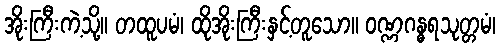
အိုးကြီးကဲ့သို့။ တထူပမံ၊ ထိုအိုးကြီးနှင့်တူသော။ ဝဏ္ဏဂန္ဓရသုတ္တမံ၊